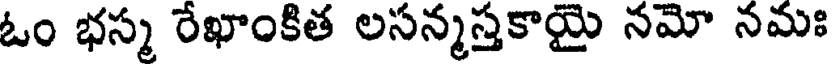
ఓం భస్మ రేఖాంకిత లసన్మస్తకాయై నమో నమః